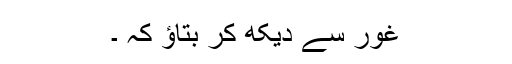
غور سے دیکھ کر بتاؤ کہ ۔